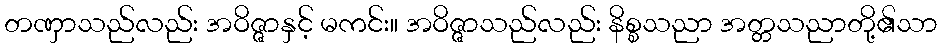
တဏှာသည်လည်း အဝိဇ္ဇာနှင့် မကင်း။ အဝိဇ္ဇာသည်လည်း နိစ္စသညာ အတ္တသညာတို့၏သာ